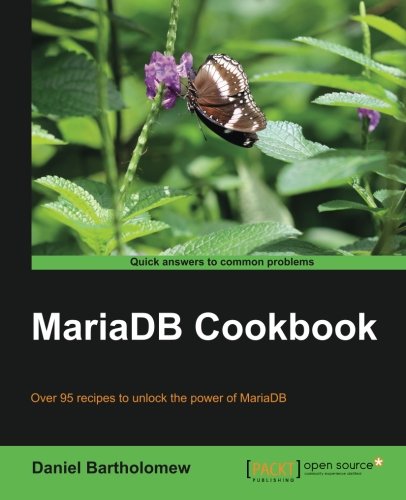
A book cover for MariaDB Cookbook; Daniel Bartholomew; Computers & Technology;